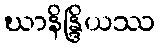
ဃာနိန္ဒြိယဿ